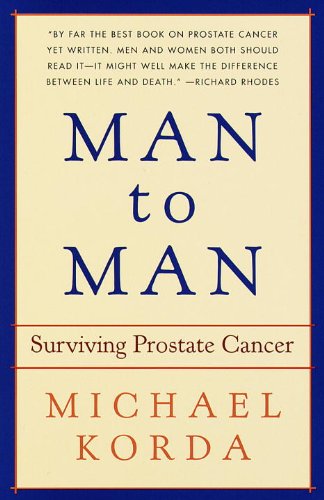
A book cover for Man to Man: Surviving Prostate Cancer; Michael Korda; Health, Fitness & Dieting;